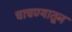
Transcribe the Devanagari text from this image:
चाचण्यातून